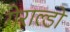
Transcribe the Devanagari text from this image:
गेराल्डो